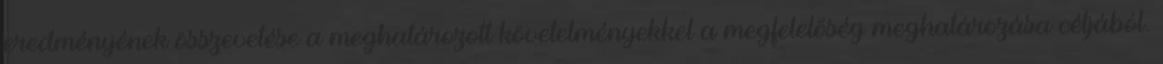
eredményének összevetése a meghatározott követelményekkel a megfelelőség meghatározása céljából.